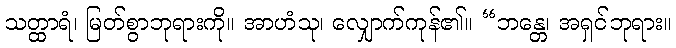
သတ္ထာရံ၊ မြတ်စွာဘုရားကို။ အာဟံသု၊ လျှောက်ကုန်၏။ “ဘန္တေ၊ အရှင်ဘုရား။